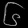
Digit: ၆